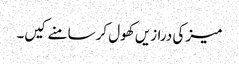
میز کی درازیں کھول کر سامنے کیں۔